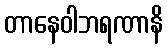
တာနေဝါဘရဏာနိ